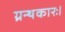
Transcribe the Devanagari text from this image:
ग्रन्थकारः।